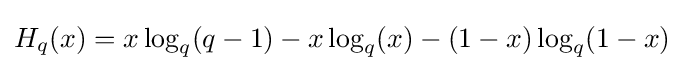
H_{q}(x)=x\log _{q}(q-1)-x\log _{q}(x)-(1-x)\log _{q}(1-x)